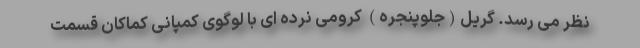
نظر می رسد. گریل(جلوپنجره) کرومی نرده ای با لوگوی کمپانی کماکان قسمت